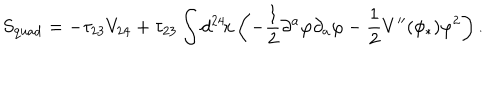
S _ { \mathrm { q u a d } } = - \tau _ { 2 3 } V _ { 2 4 } + \tau _ { 2 3 } \int d ^ { 2 4 } \! x \left( - \frac { 1 } { 2 } \partial ^ { a } \varphi \partial _ { a } \varphi - \frac { 1 } { 2 } V ^ { \prime \prime } ( \phi _ { * } ) \varphi ^ { 2 } \right) .